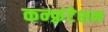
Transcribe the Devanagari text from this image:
कन्फ़्रंटेशन